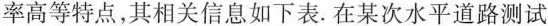
率高等特点，其相关信息如下表。在某次水平道路测试